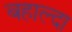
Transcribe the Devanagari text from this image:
बहाल्दा